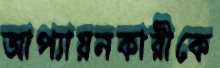
আপ্যায়নকারীকে